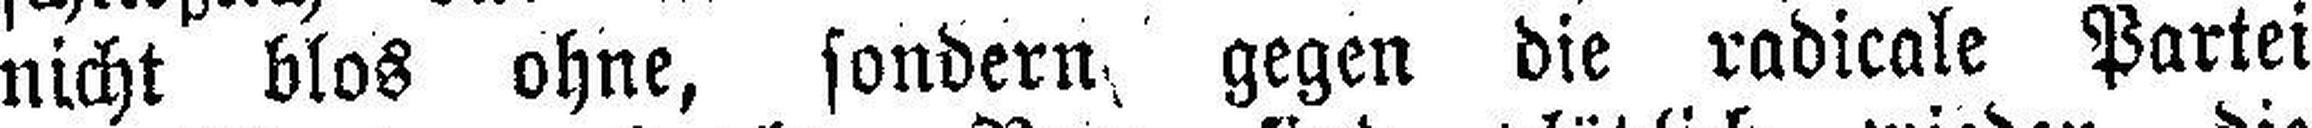
nicht blos ohne, sondern gegen die radicale Partei